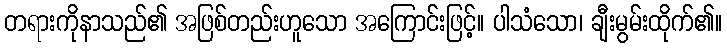
တရားကိုနာသည်၏ အဖြစ်တည်းဟူသော အကြောင်းဖြင့်။ ပါသံသော၊ ချီးမွမ်းထိုက်၏။